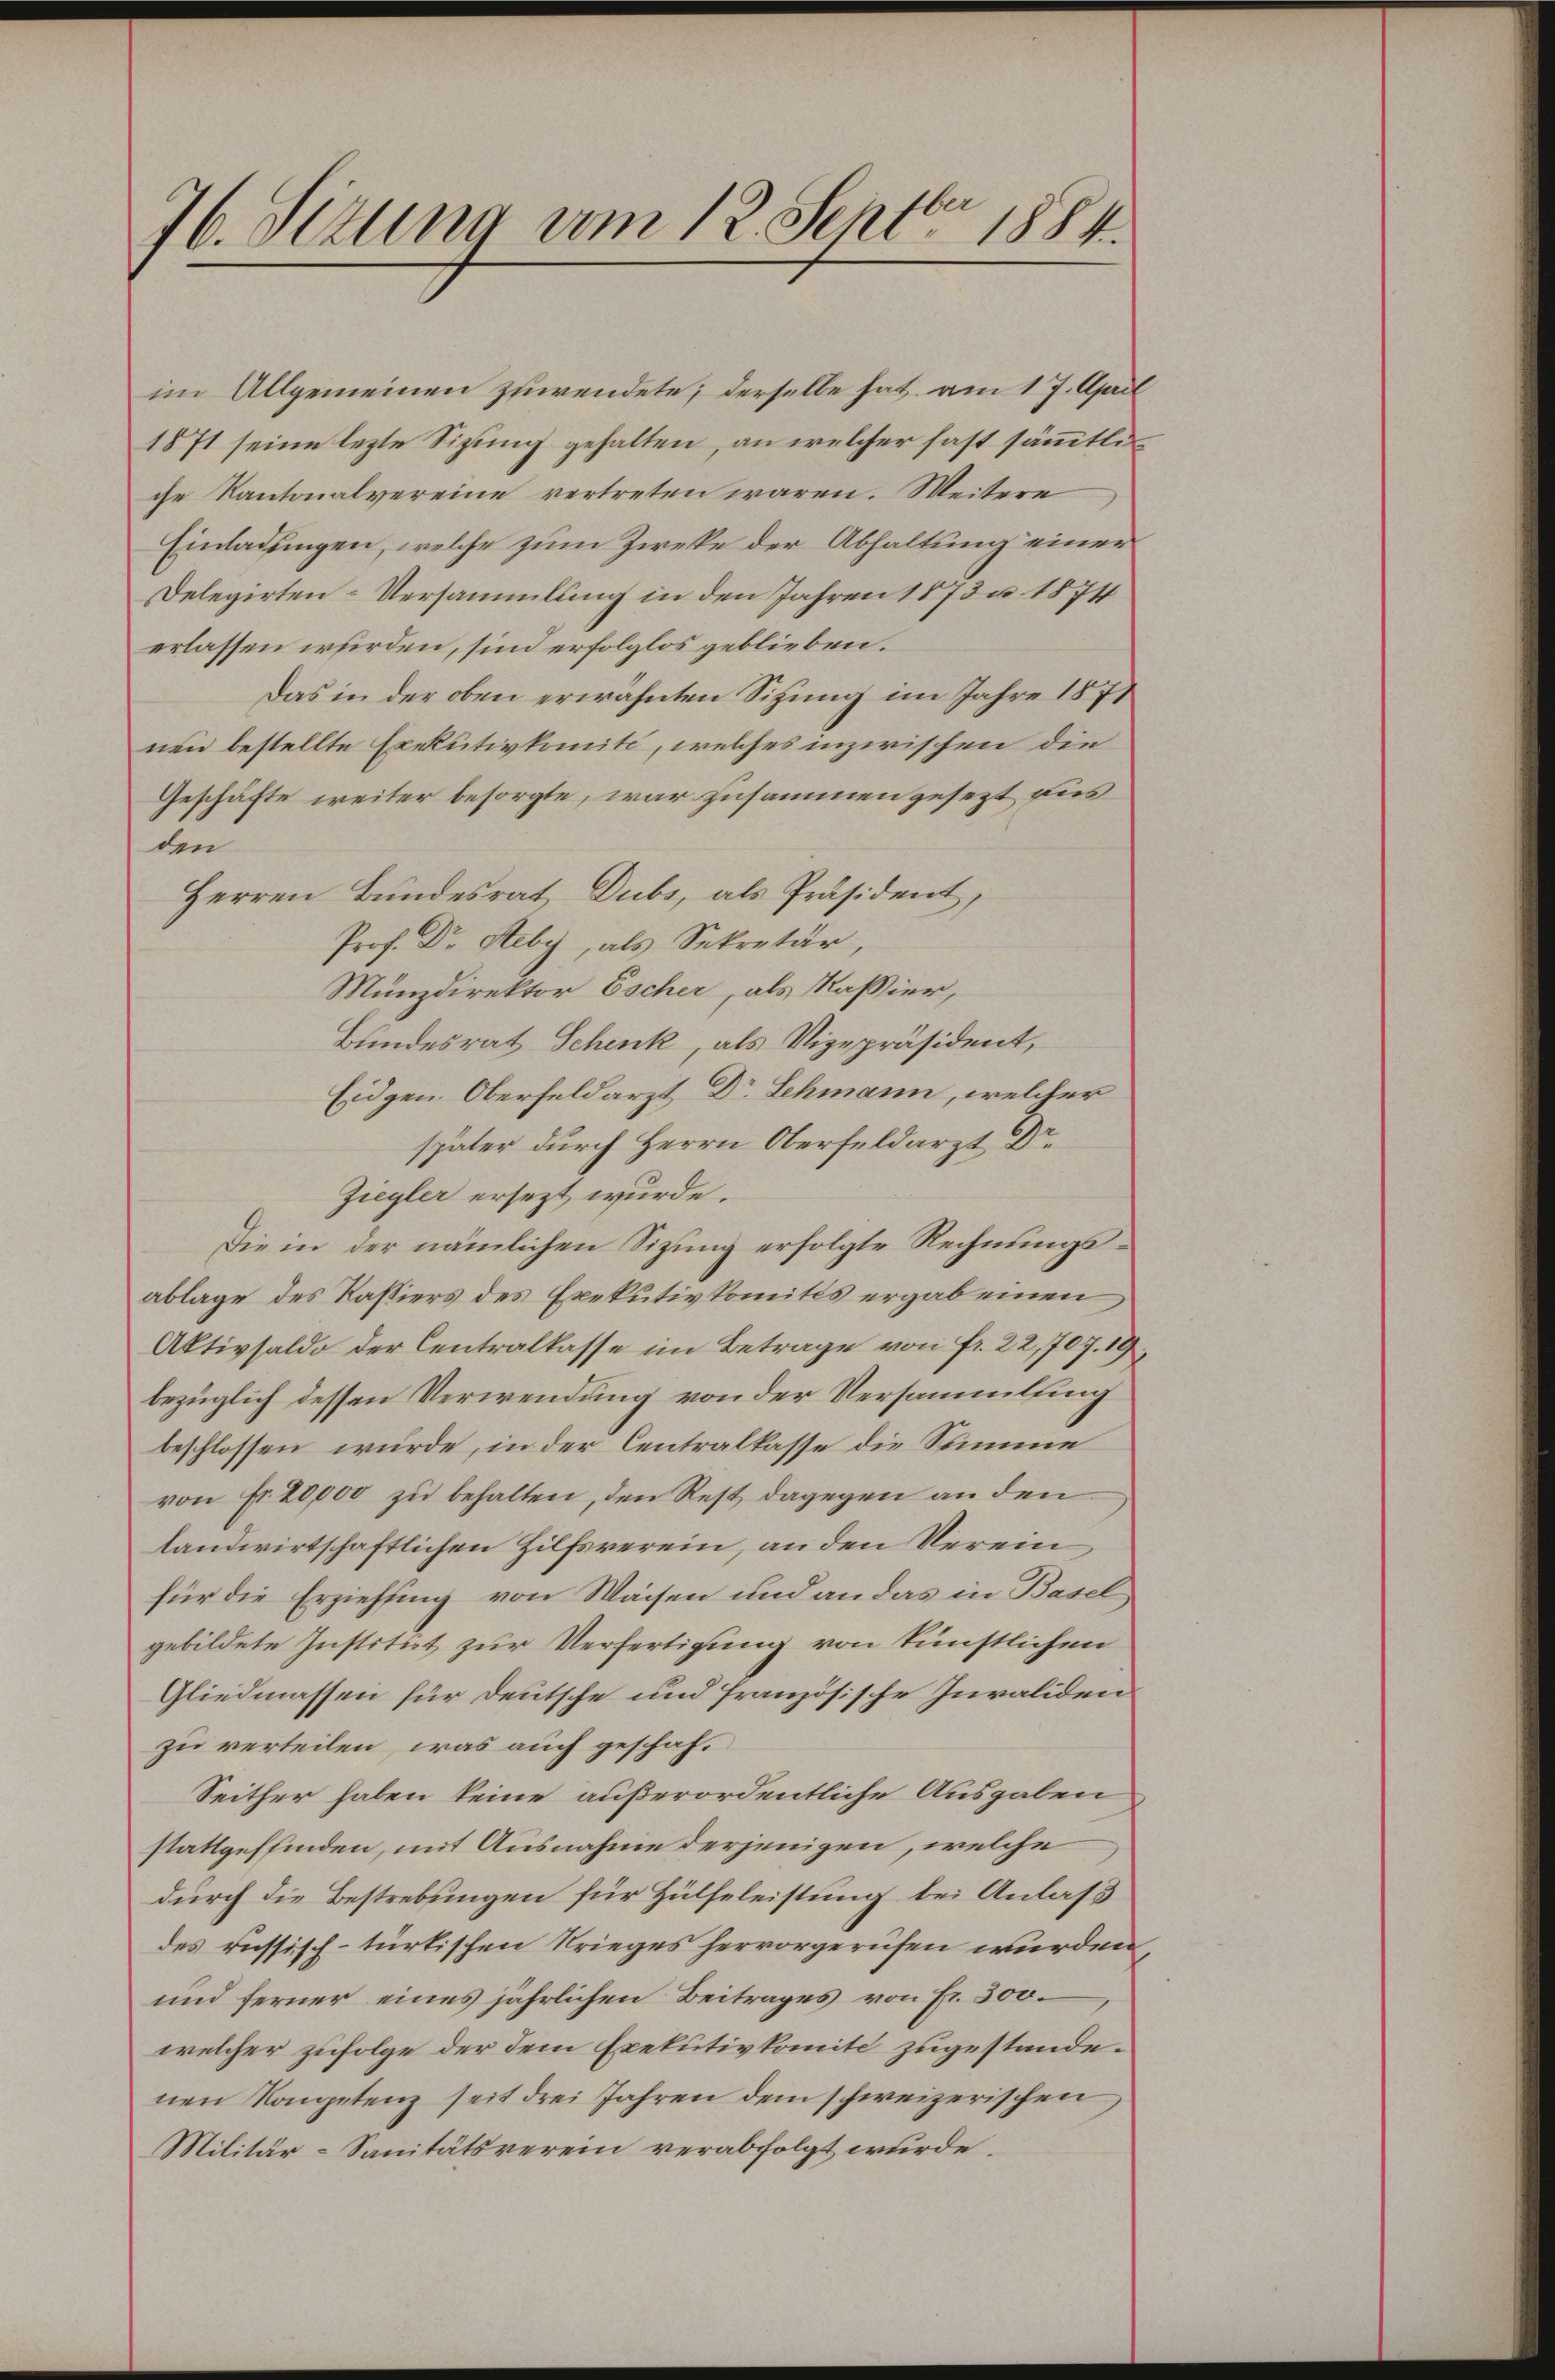
76. Sizung vom 12. Sept. 1884.

im Allgemeinen zuwendete, derselbe hat am 17. April
1871 seine lezte Sizung gehalten, an welcher fast sämmtliche Kantonalvereine vertreten wären. Weitere
Einladungen, welche zum Zwecke der Abhaltung einer
Delegirten-Versammlung in den Jahren 1873. 1874
erlassen werden, sind erfolglos geblieben.
Das in der oben erwähnten Sitzung im Jahre 1871
nen bestellte Exekutivkomite, welches inzwischen die
Geschäfte weiter besorgte, war zusammengesezt bis
den
Herren Bundesrat Dubs, als Präsident,
Prof. Dr Heby, als Sekretär,
Münzdirektor Escher, als Kaßier,
Bundesrat Schenk, als Vizepräsident,
Eidgen. Oberfeldarzt Dr Lehmann, welcher
später durch Herrn Oberfeldarzt Dr.
Ziegler ersezt wurde.
Die in der nämlichen Sitzung erfolgte Rechnungsablage des Kassiers des Exekutivkomités ergab einen
Aktivsaldo der Centralkasse im Betrage von fr. 22, 707. 19
bezüglich dessen Verwendung von der Versammlung
beschlossen würde, in der Centralkasse die Summe
von Fr. 20,000 zu behalten, den Rest dagegen an den
landwirtschaftlichen Hilfsverein, an den Verein
für die Erziehung von Waisen und an das in Basel
gebildete Institut zur Verfertigung von künstlichen
Gliedmassen für Deutsche und französische Invaliden
zu verteilen, was auch geschaf¬
Seither haben keine außerordentliche Ausgaben
stattgeffinden, mit Ausnahme derjenigen, welche
durch die Bestrebungen für Hülfeleistung bei Anlaß
des russisch-türkischen Krieges hervorgerufen wurden
und ferner eines jährlichen Beitrages von Fr. 300.
welcher zufolge der dem Exekutivkomite zugestandenen Kompetenz seit drei Jahren dem schweizerischen
Militär-Sanitätsverein verabfolgt wurde.